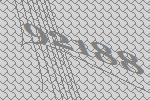
92188